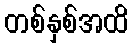
တစ်နှစ်အထိ